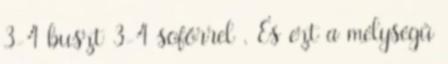
3-4 buszt 3-4 sofőrrel . És ezt a mélységű